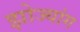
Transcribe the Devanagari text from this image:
झोज्यांग